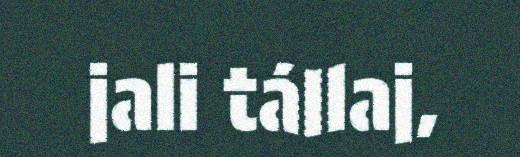
jali tállaj,